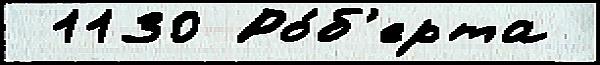
 1130 Ро́б'ерта